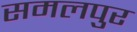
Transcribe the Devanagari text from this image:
समलपुर